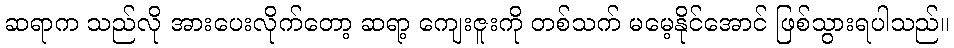
ဆရာက သည်လို အားပေးလိုက်တော့ ဆရာ့ ကျေးဇူးကို တစ်သက် မမေ့နိုင်အောင် ဖြစ်သွားရပါသည်။